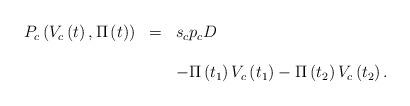
LaTeX: \begin{align*}\begin{array}{rcl}P_{c}\left(V_{c}\left(t\right),\Pi\left(t\right)\right) & = & s_{c}p_{c}D\\\\ & & -\Pi\left(t_{1}\right)V_{c}\left(t_{1}\right)-\Pi\left(t_{2}\right)V_{c}\left(t_{2}\right).\end{array}\end{align*}